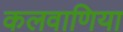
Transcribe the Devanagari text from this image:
कलवाणिया